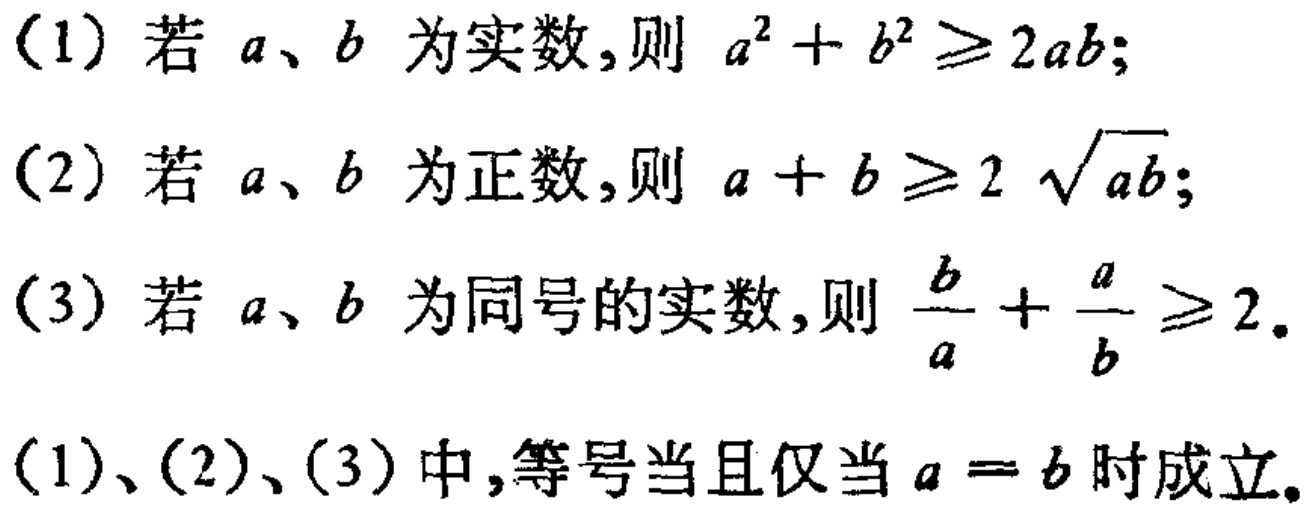
(1) 若 \(a、b\) 为实数，则 \(a^{2}+b^{2}\geq 2ab\)；
(2) 若 \(a、b\) 为正数，则 \(a + b\geq 2\sqrt{ab}\)；
(3) 若 \(a、b\) 为同号的实数，则 \(\frac{b}{a}+\frac{a}{b}\geq 2\)。
(1)、(2)、(3) 中，等号当且仅当 \(a = b\) 时成立。